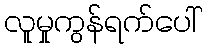
လူမှုကွန်ရက်ပေါ်